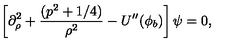
\left[ \partial _ { \rho } ^ { 2 } + \frac { ( p ^ { 2 } + 1 / 4 ) } { \rho ^ { 2 } } - U ^ { \prime \prime } ( \phi _ { b } ) \right] \psi = 0 ,